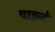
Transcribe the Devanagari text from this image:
पाइने